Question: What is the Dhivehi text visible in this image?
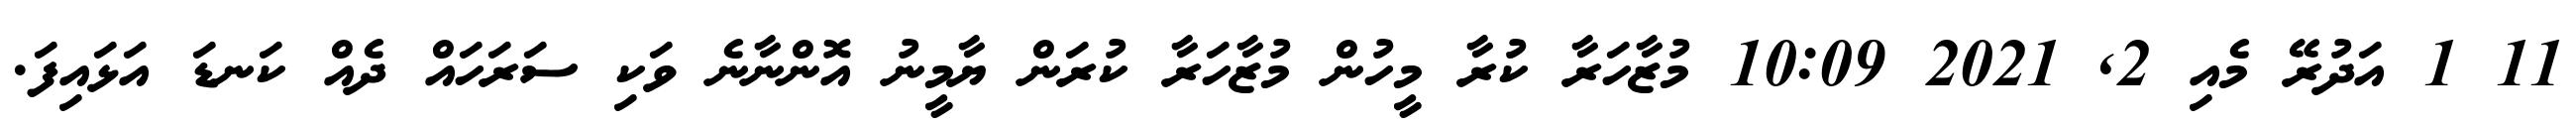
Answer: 11 1 އަދުރޭ މެއި 2, 2021 10:09 މުޒާހަރާ ކުރާ މީހުން މުޒާހަރާ ކުރަން ޔާމީނު އޮންނާނެ ވަކި ސަރަހައް ދެއް ކަނޑަ އަޅައިފަ.